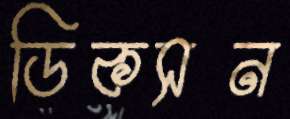
ডিকসন